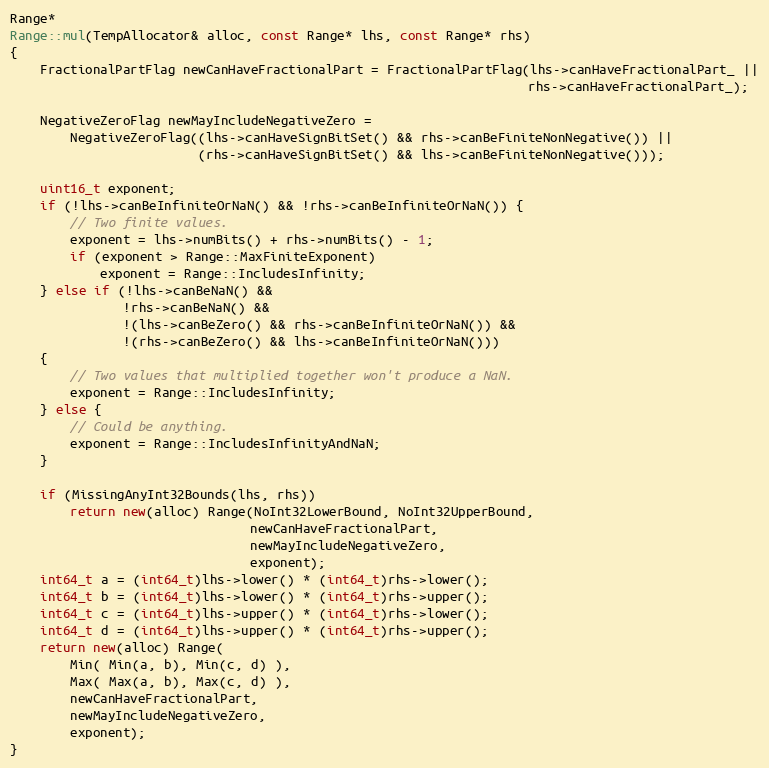
Language: C++
Range*
Range::mul(TempAllocator& alloc, const Range* lhs, const Range* rhs)
{
    FractionalPartFlag newCanHaveFractionalPart = FractionalPartFlag(lhs->canHaveFractionalPart_ ||
                                                                     rhs->canHaveFractionalPart_);

    NegativeZeroFlag newMayIncludeNegativeZero =
        NegativeZeroFlag((lhs->canHaveSignBitSet() && rhs->canBeFiniteNonNegative()) ||
                         (rhs->canHaveSignBitSet() && lhs->canBeFiniteNonNegative()));

    uint16_t exponent;
    if (!lhs->canBeInfiniteOrNaN() && !rhs->canBeInfiniteOrNaN()) {
        // Two finite values.
        exponent = lhs->numBits() + rhs->numBits() - 1;
        if (exponent > Range::MaxFiniteExponent)
            exponent = Range::IncludesInfinity;
    } else if (!lhs->canBeNaN() &&
               !rhs->canBeNaN() &&
               !(lhs->canBeZero() && rhs->canBeInfiniteOrNaN()) &&
               !(rhs->canBeZero() && lhs->canBeInfiniteOrNaN()))
    {
        // Two values that multiplied together won't produce a NaN.
        exponent = Range::IncludesInfinity;
    } else {
        // Could be anything.
        exponent = Range::IncludesInfinityAndNaN;
    }

    if (MissingAnyInt32Bounds(lhs, rhs))
        return new(alloc) Range(NoInt32LowerBound, NoInt32UpperBound,
                                newCanHaveFractionalPart,
                                newMayIncludeNegativeZero,
                                exponent);
    int64_t a = (int64_t)lhs->lower() * (int64_t)rhs->lower();
    int64_t b = (int64_t)lhs->lower() * (int64_t)rhs->upper();
    int64_t c = (int64_t)lhs->upper() * (int64_t)rhs->lower();
    int64_t d = (int64_t)lhs->upper() * (int64_t)rhs->upper();
    return new(alloc) Range(
        Min( Min(a, b), Min(c, d) ),
        Max( Max(a, b), Max(c, d) ),
        newCanHaveFractionalPart,
        newMayIncludeNegativeZero,
        exponent);
}